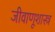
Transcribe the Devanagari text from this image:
जीवाणूशास्त्र